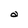
Character: a